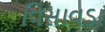
વિસાવડા